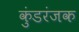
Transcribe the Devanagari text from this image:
कुंडरंजक